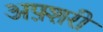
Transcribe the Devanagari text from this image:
अफ़्शरी